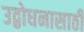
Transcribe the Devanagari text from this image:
उद्बोधनासाठी